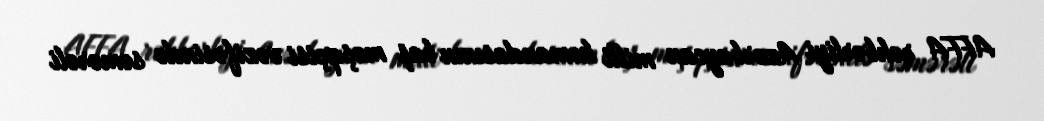
AFFA rəhbərliyi Azərbaycan milli komandasının baş məşqçisi vəzifəsində səmərəli